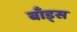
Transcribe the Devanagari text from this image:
बाँड्स